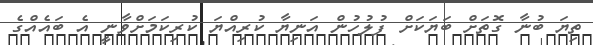
ތިޔަ ބުނާ ގޮތަށް ބަޔަކަށް ފުލުހުން އަނިޔާ ކުރިއްޔަ ކުރިކަމަށްވާނީ އެ ބައެއްގެ